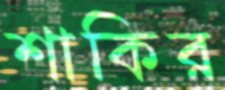
শাকির